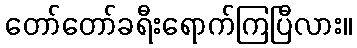
တော်တော်ခရီးရောက်ကြပြီလား။